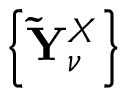
\left\{ \mathbf { \tilde { Y } } _ { \nu } ^ { X } \right\}